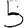
Digit: 5